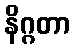
နိဂ္ဂတာ